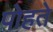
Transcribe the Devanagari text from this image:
पोहते